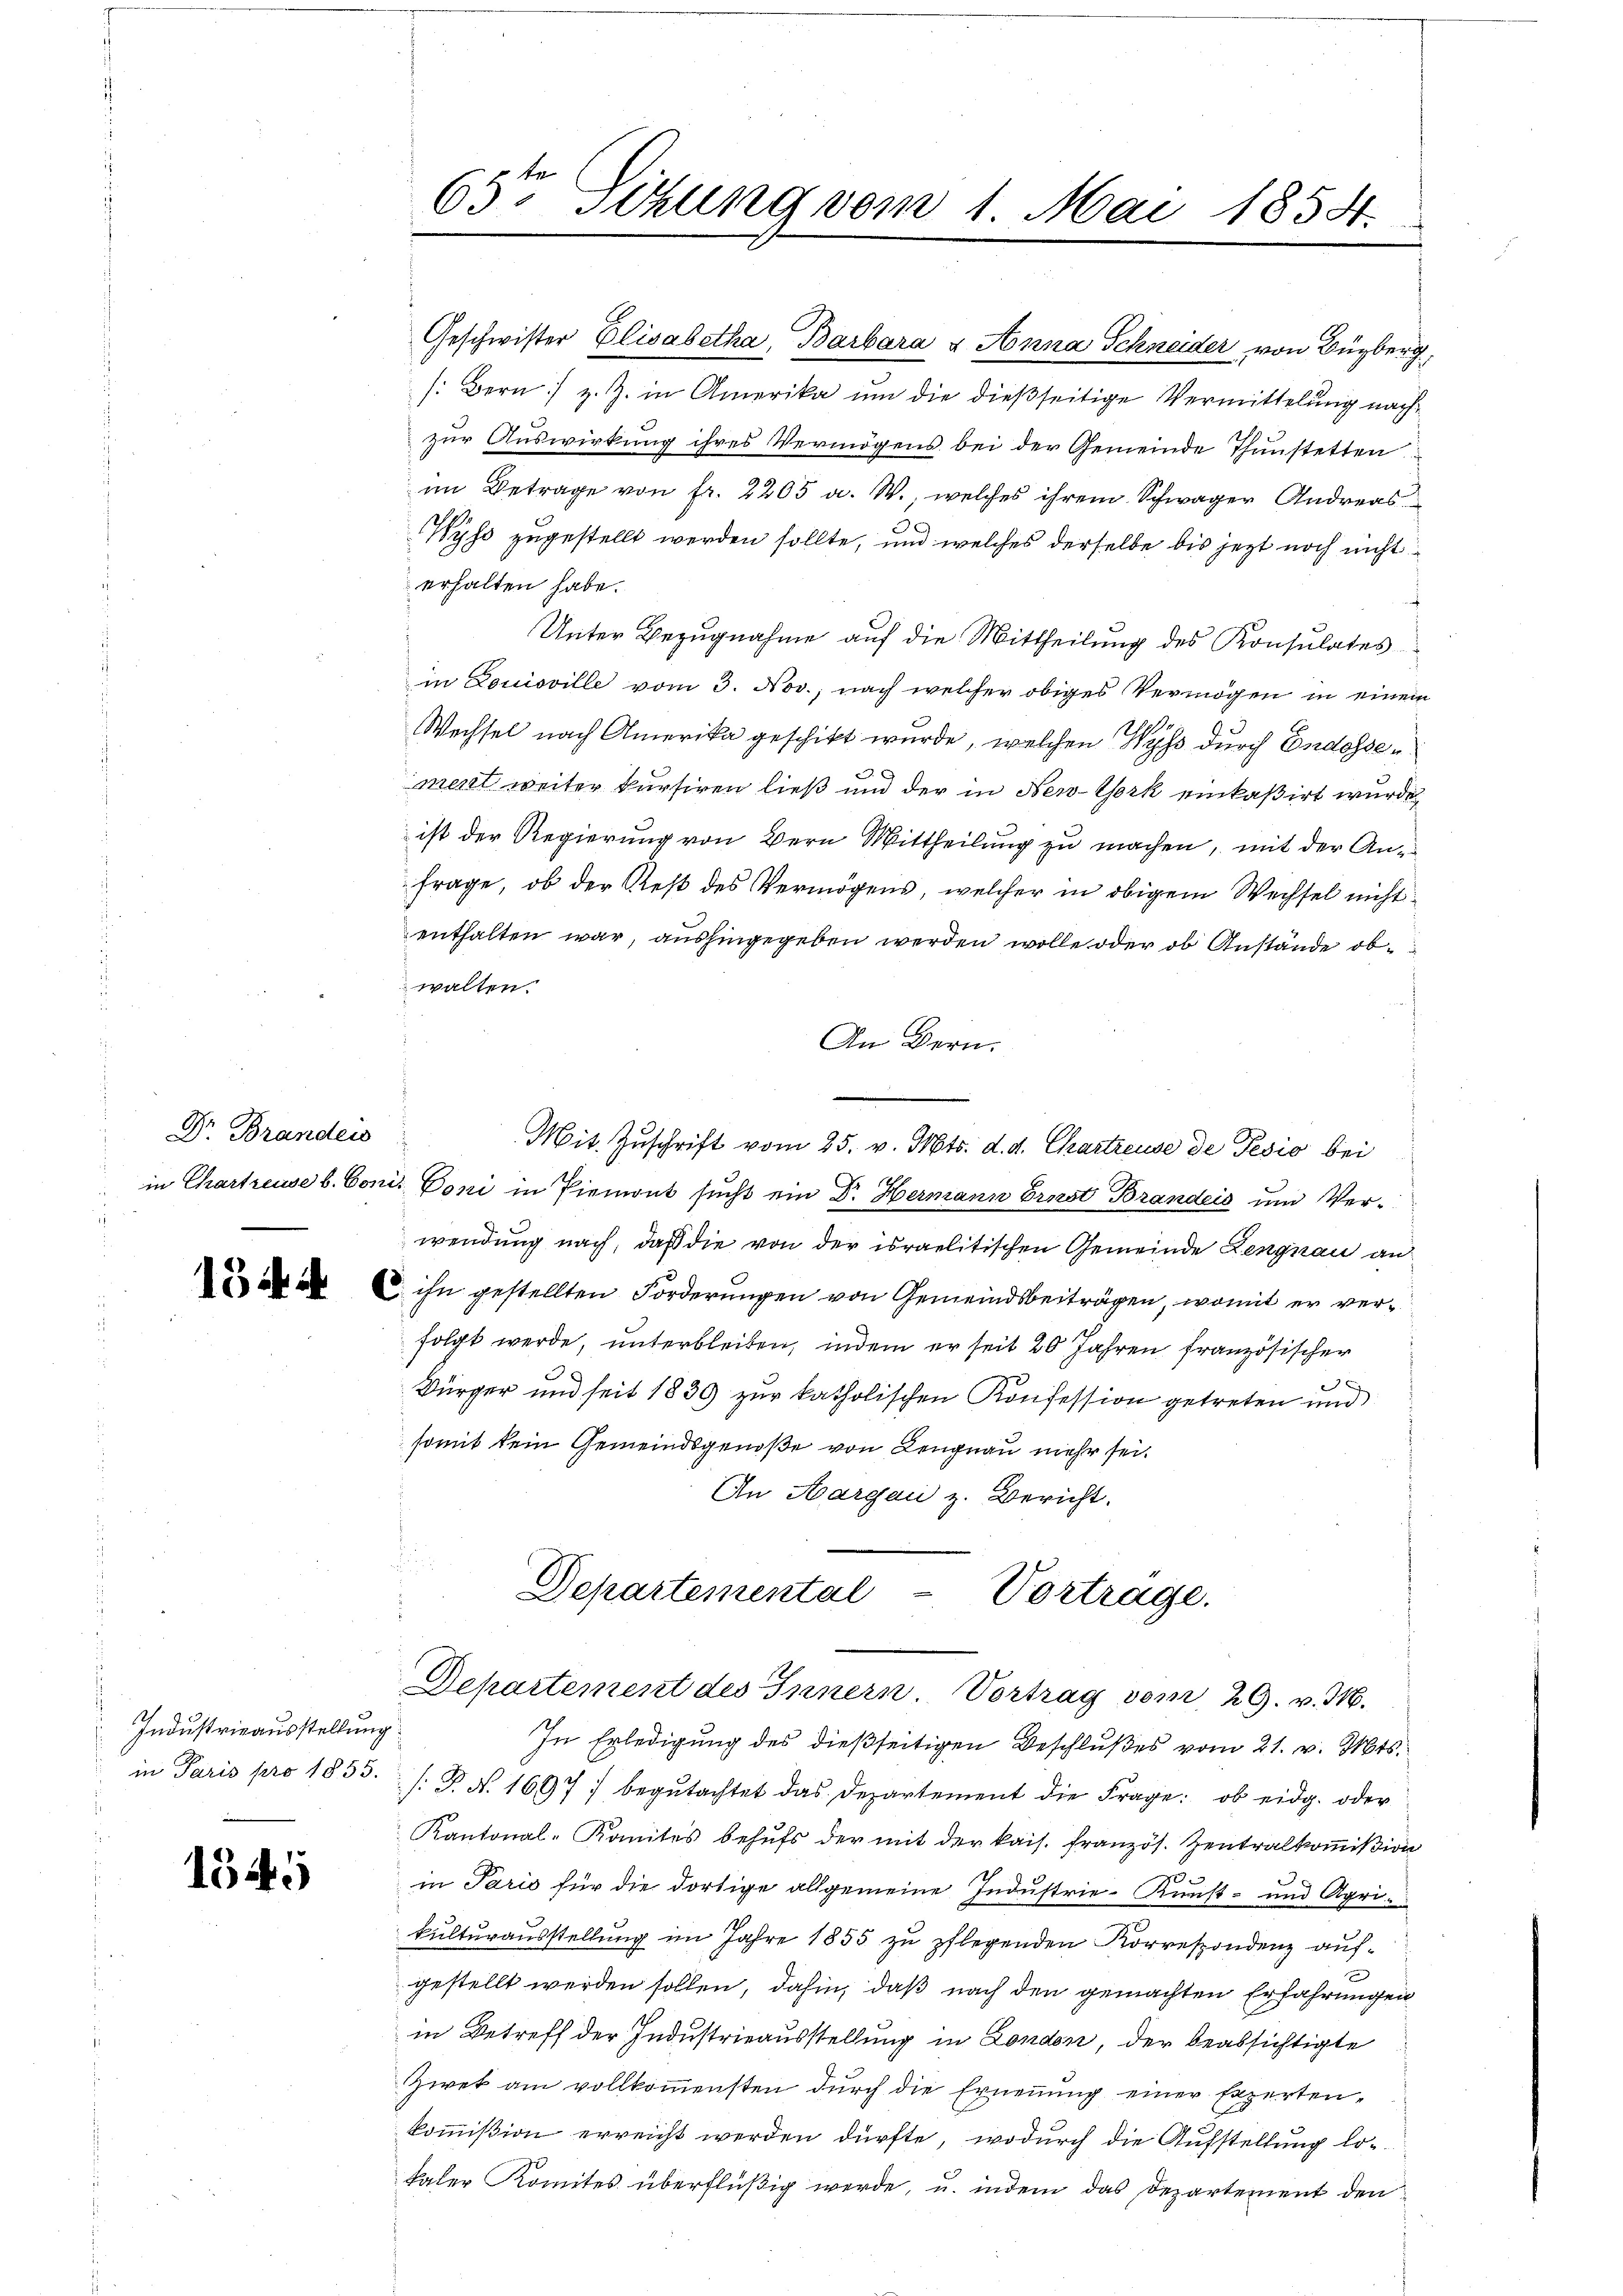
Dr Brandeis

Industrieausstellung
in Paris pro 1855.

1545

65te Sitzung vom 1. Mai 1854.

Geschwister Elisabetha, Barbara u Anna Schneider von Bürberg,
s: Bern / z. Z. in Amerika um die dießseitige Vermittelung nachzur Auswirkung ihres Vermögens bei der Gemeinde Thunstetten
im Betrage von fr. 2205 a. W., welches ihrem Schwager Andreas
.
Wyss zugestellt werden sollte, und welches derselbe bis jezt noch nicht
erhalten habe.
Unter Bezugnahme auf die Mittheilung des Konsulates
in Louisville vom 3. Nov., nach welcher obiges Vermögen in einem
Wechsel nach Amerika geschikt wurde, welchen Wyss durch Endesse¬
29
mert weiter kursiren ließ und der in New-York einkaßirt wurde
ist der Regierung von Bern Mittheilung zu machen, mit der Anfrage, ob der Rest des Vermögens, welcher in obigem Wechsel nicht
enthalten war, aushingegeben werden wolle oder ob Anstände obwalten.
An Bern.
Mit Zuschrift vom 25. v. Mts. d. d. Chartreuse de Pesio bei
in Chartreuse b. Conis boni in Piemont sucht ein Dr. Hermann Ernst Brandeis dem Verwendung nach, daß die von der israelitischen Gemeinde Lengnau an¬
  ihn gestellten Forderungen von Gemeindsbeiträgen, womit er verfolgt werde, unterbleiben, indem er seit 20 Jahren französischer

Bürger und seit 1830 zur katholischen Konfession getreten und
somit kein Gemeindsgenoße von Lengnau mehr sei.
An Aargau z. Bericht.

Departemental
Vortrage.
Departement des Innern. Vortrag vom 29. v. 316.

In Erledigung des dießseitigen Beschlußes vom 21. v. Mts.
/: P. N. 1697) begutachtet das Departement die Frage: ob eidg. oder
Kantonal-Komites behufs der mit der kais. französ. Zentralkommißion
u
in Paris für die dortige allgemeine Industrie-Kunst- und Agri-
kulturausstellung im Jahre 1855 zu pflegenden Korrespondenz aufgestellt werden sollen, dahin, daß nach den gemachten Erfahrungen
in Betreff der Industrieausstellung in London, der beabsichtigte
Zwek am vollkoṁensten dŭrch die Erneṅŭng einer Experten-
kommission erreicht werden dürfte, wodurch die Aufstellung lo-
kaler Komites überflüßig werde, u. indem das Departement den